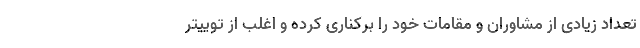
تعداد زیادی از مشاوران و مقامات خود را برکناری کرده و اغلب از توییتر